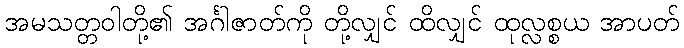
အမသတ္တဝါတို့၏ အင်္ဂါဇာတ်ကို တို့လျှင် ထိလျှင် ထုလ္လစ္စယ အာပတ်